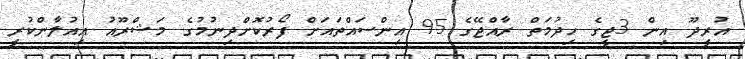
އުރީދޫ އިން 3ޖީގެ ހިދުމަތް ރާއްޖޭގެ 95 އިންސައްތައަށް ފޯރުކޮށްދިނުމުގެ މަޝްރޫއު އިއުލާންކުރީ